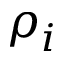
\rho _ { i }